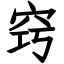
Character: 窍